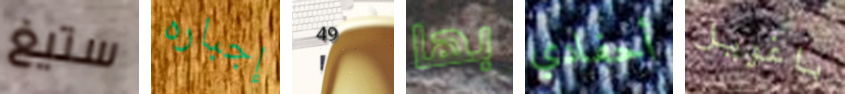
ستيغ إجباره 49 بها أحفادي باغويل